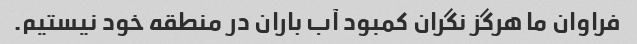
فراوان ما هرگز نگران کمبود آب باران در منطقه خود نیستیم.